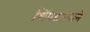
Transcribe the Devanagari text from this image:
शिंपडल्याने